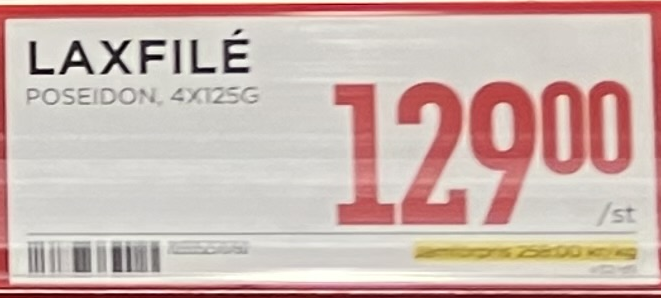
Vara: Laxfilé
Genomsnittspris: 258 per kg